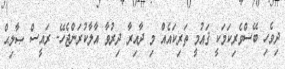
ދިވެހި ބޭސްވެރިކަމަކީ ޤައުމީ ތަރިކައެއް މި ދާއިރާ ދިރުވާ އާލާކުރަންޖެހޭ- ރައީސް ޞާލިޙް